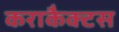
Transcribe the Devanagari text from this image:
कराकैक्टस